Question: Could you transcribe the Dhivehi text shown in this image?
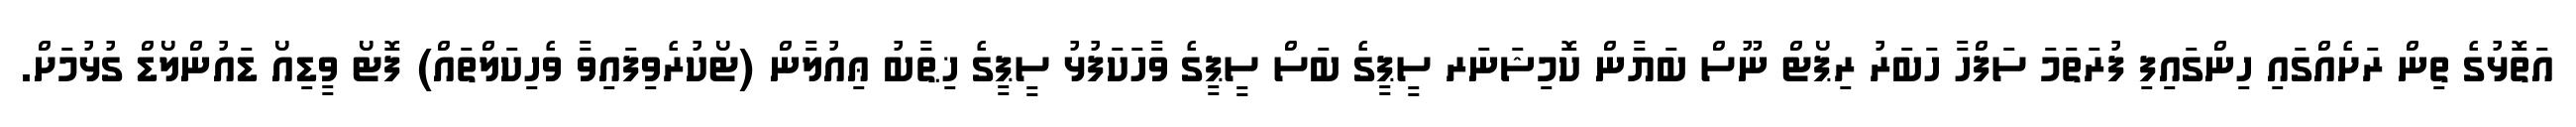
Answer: އަތޮޅުގެ ތިން ރަށެއްގައި ހިންގައިފި ފުރަތަމަ ސަފްހާ ހަބަރު ރިޕޯޓް ނޫސް ބަޔާން ކޮމިޝަނަރ ސީޕީގެ ބަސް ސީޕީގެ ވާހަކަފުޅު ސީޕީގެ ޚިޠާބު ޢިއުލާން (ޓޯކުރެވިފައިވާ ވެހިކަލްތައް) ފޮޓޯ ވީޑިއޯ ޑައުންލޯޑް ގުޅުމަށް.